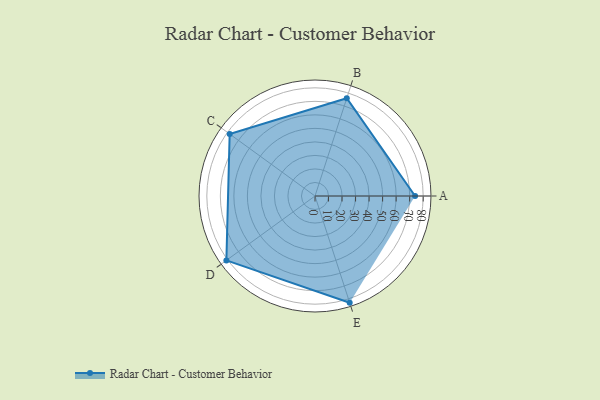
{"axis": {"x": "Skill", "y": "Score"}, "legend": ["Profile"], "data": [{"x": "A", "y": 74.0, "type": "Profile"}, {"x": "B", "y": 76.0, "type": "Profile"}, {"x": "C", "y": 78.0, "type": "Profile"}, {"x": "D", "y": 81.0, "type": "Profile"}, {"x": "E", "y": 83.0, "type": "Profile"}]}